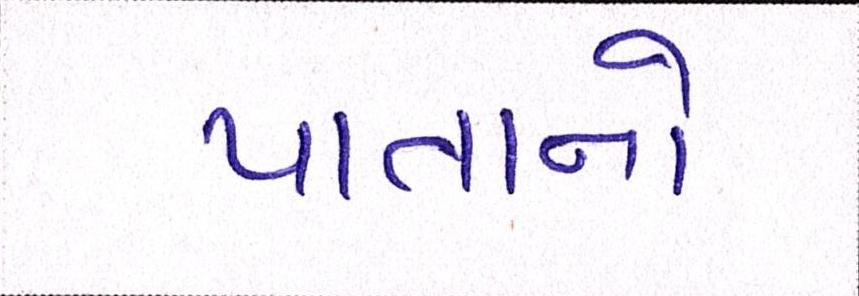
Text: પાતાનો